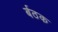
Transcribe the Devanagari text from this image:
र्बठक